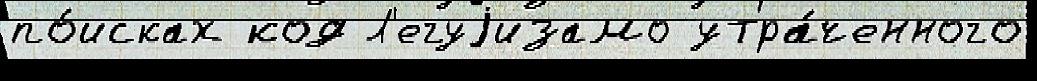
по́исках код Л'егуjизамо утра́ченного